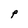
Character: P